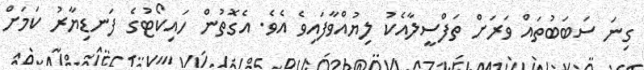
ގިނަ ސަބަބުތައް ވަރަށް ތަފްސީލާއެކު ލިޔުއްވާފައިވެ އެވެ. އެގޮތުން ހައިކޯޓުގެ ފަނޑިޔާރު ކަމަށް